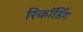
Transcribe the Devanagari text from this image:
रिकाॅर्डिंग